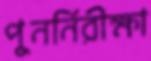
পুনর্নিরীক্ষা